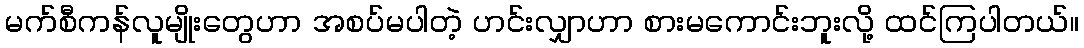
မက်စီကန်လူမျိုးတွေဟာ အစပ်မပါတဲ့ ဟင်းလျှာဟာ စားမကောင်းဘူးလို့ ထင်ကြပါတယ်။